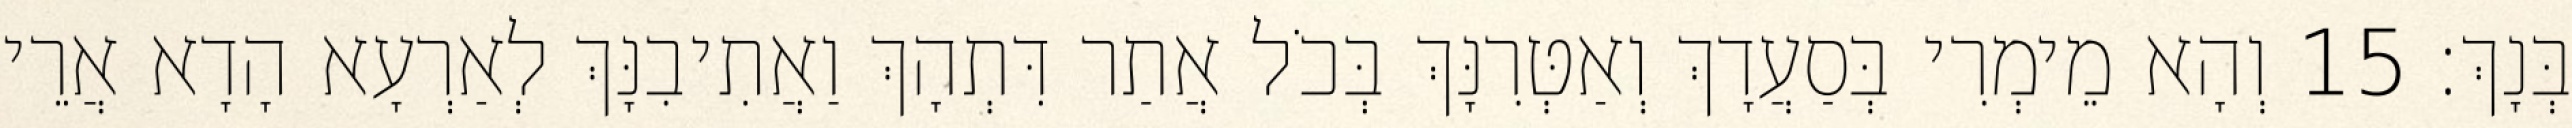
בְּנָךְ׃ 15 וְהָא מֵימְרִי בְּסַעֲדָךְ וְאַטְּרִנָּךְ בְּכֹל אֲתַר דִּתְהָךְ וַאֲתִיבִנָּךְ לְאַרְעָא הָדָא אֲרֵי